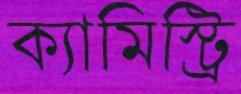
ক্যামিস্ট্রি